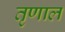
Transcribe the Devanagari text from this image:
तृणाल